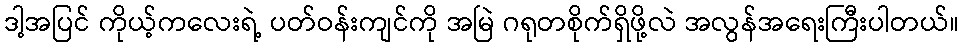
ဒါ့အပြင် ကိုယ့်ကလေးရဲ့ ပတ်ဝန်းကျင်ကို အမြဲ ဂရုတစိုက်ရှိဖို့လဲ အလွန်အရေးကြီးပါတယ်။